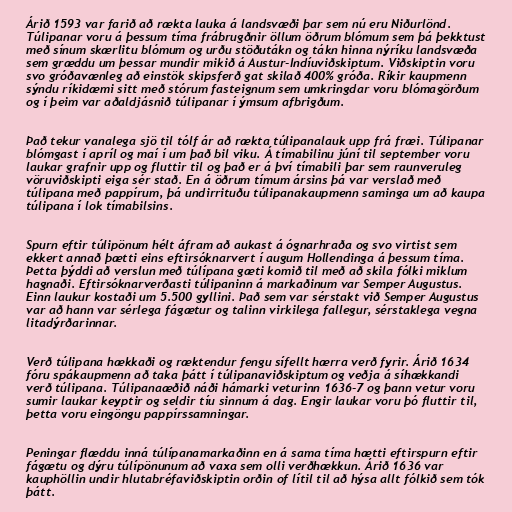
Árið 1593 var farið að rækta lauka á landsvæði þar sem nú eru Niðurlönd.
Túlipanar voru á þessum tíma frábrugðnir öllum öðrum blómum sem þá þekktust
með sínum skærlitu blómum og urðu stöðutákn og tákn hinna nýríku landsvæða
sem græddu um þessar mundir mikið á Austur-Indíuviðskiptum. Viðskiptin voru
svo gróðavænleg að einstök skipsferð gat skilað 400% gróða. Ríkir kaupmenn
sýndu ríkidæmi sitt með stórum fasteignum sem umkringdar voru blómagörðum
og í þeim var aðaldjásnið túlipanar í ýmsum afbrigðum.

Það tekur vanalega sjö til tólf ár að rækta túlipanalauk upp frá fræi. Túlipanar
blómgast í apríl og maí í um það bil viku. Á tímabilinu júní til september voru
laukar grafnir upp og fluttir til og það er á því tímabili þar sem raunveruleg
vöruviðskipti eiga sér stað. En á öðrum tímum ársins þá var verslað með
túlipana með pappírum, þá undirrituðu túlipanakaupmenn saminga um að kaupa
túlipana í lok tímabilsins.

Spurn eftir túlipönum hélt áfram að aukast á ógnarhraða og svo virtist sem
ekkert annað þætti eins eftirsóknarvert í augum Hollendinga á þessum tíma.
Þetta þýddi að verslun með túlípana gæti komið til með að skila fólki miklum
hagnaði. Eftirsóknarverðasti túlipaninn á markaðinum var Semper Augustus.
Einn laukur kostaði um 5.500 gyllini. Það sem var sérstakt við Semper Augustus
var að hann var sérlega fágætur og talinn virkilega fallegur, sérstaklega vegna
litadýrðarinnar.

Verð túlipana hækkaði og ræktendur fengu sífellt hærra verð fyrir. Árið 1634
fóru spákaupmenn að taka þátt í túlipanaviðskiptum og veðja á síhækkandi
verð túlipana. Túlipanaæðið náði hámarki veturinn 1636-7 og þann vetur voru
sumir laukar keyptir og seldir tíu sinnum á dag. Engir laukar voru þó fluttir til,
þetta voru eingöngu pappírssamningar.

Peningar flæddu inná túlípanamarkaðinn en á sama tíma hætti eftirspurn eftir
fágætu og dýru túlípönunum að vaxa sem olli verðhækkun. Árið 1636 var
kauphöllin undir hlutabréfaviðskiptin orðin of lítil til að hýsa allt fólkið sem tók
þátt.